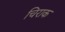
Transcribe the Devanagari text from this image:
चिराक